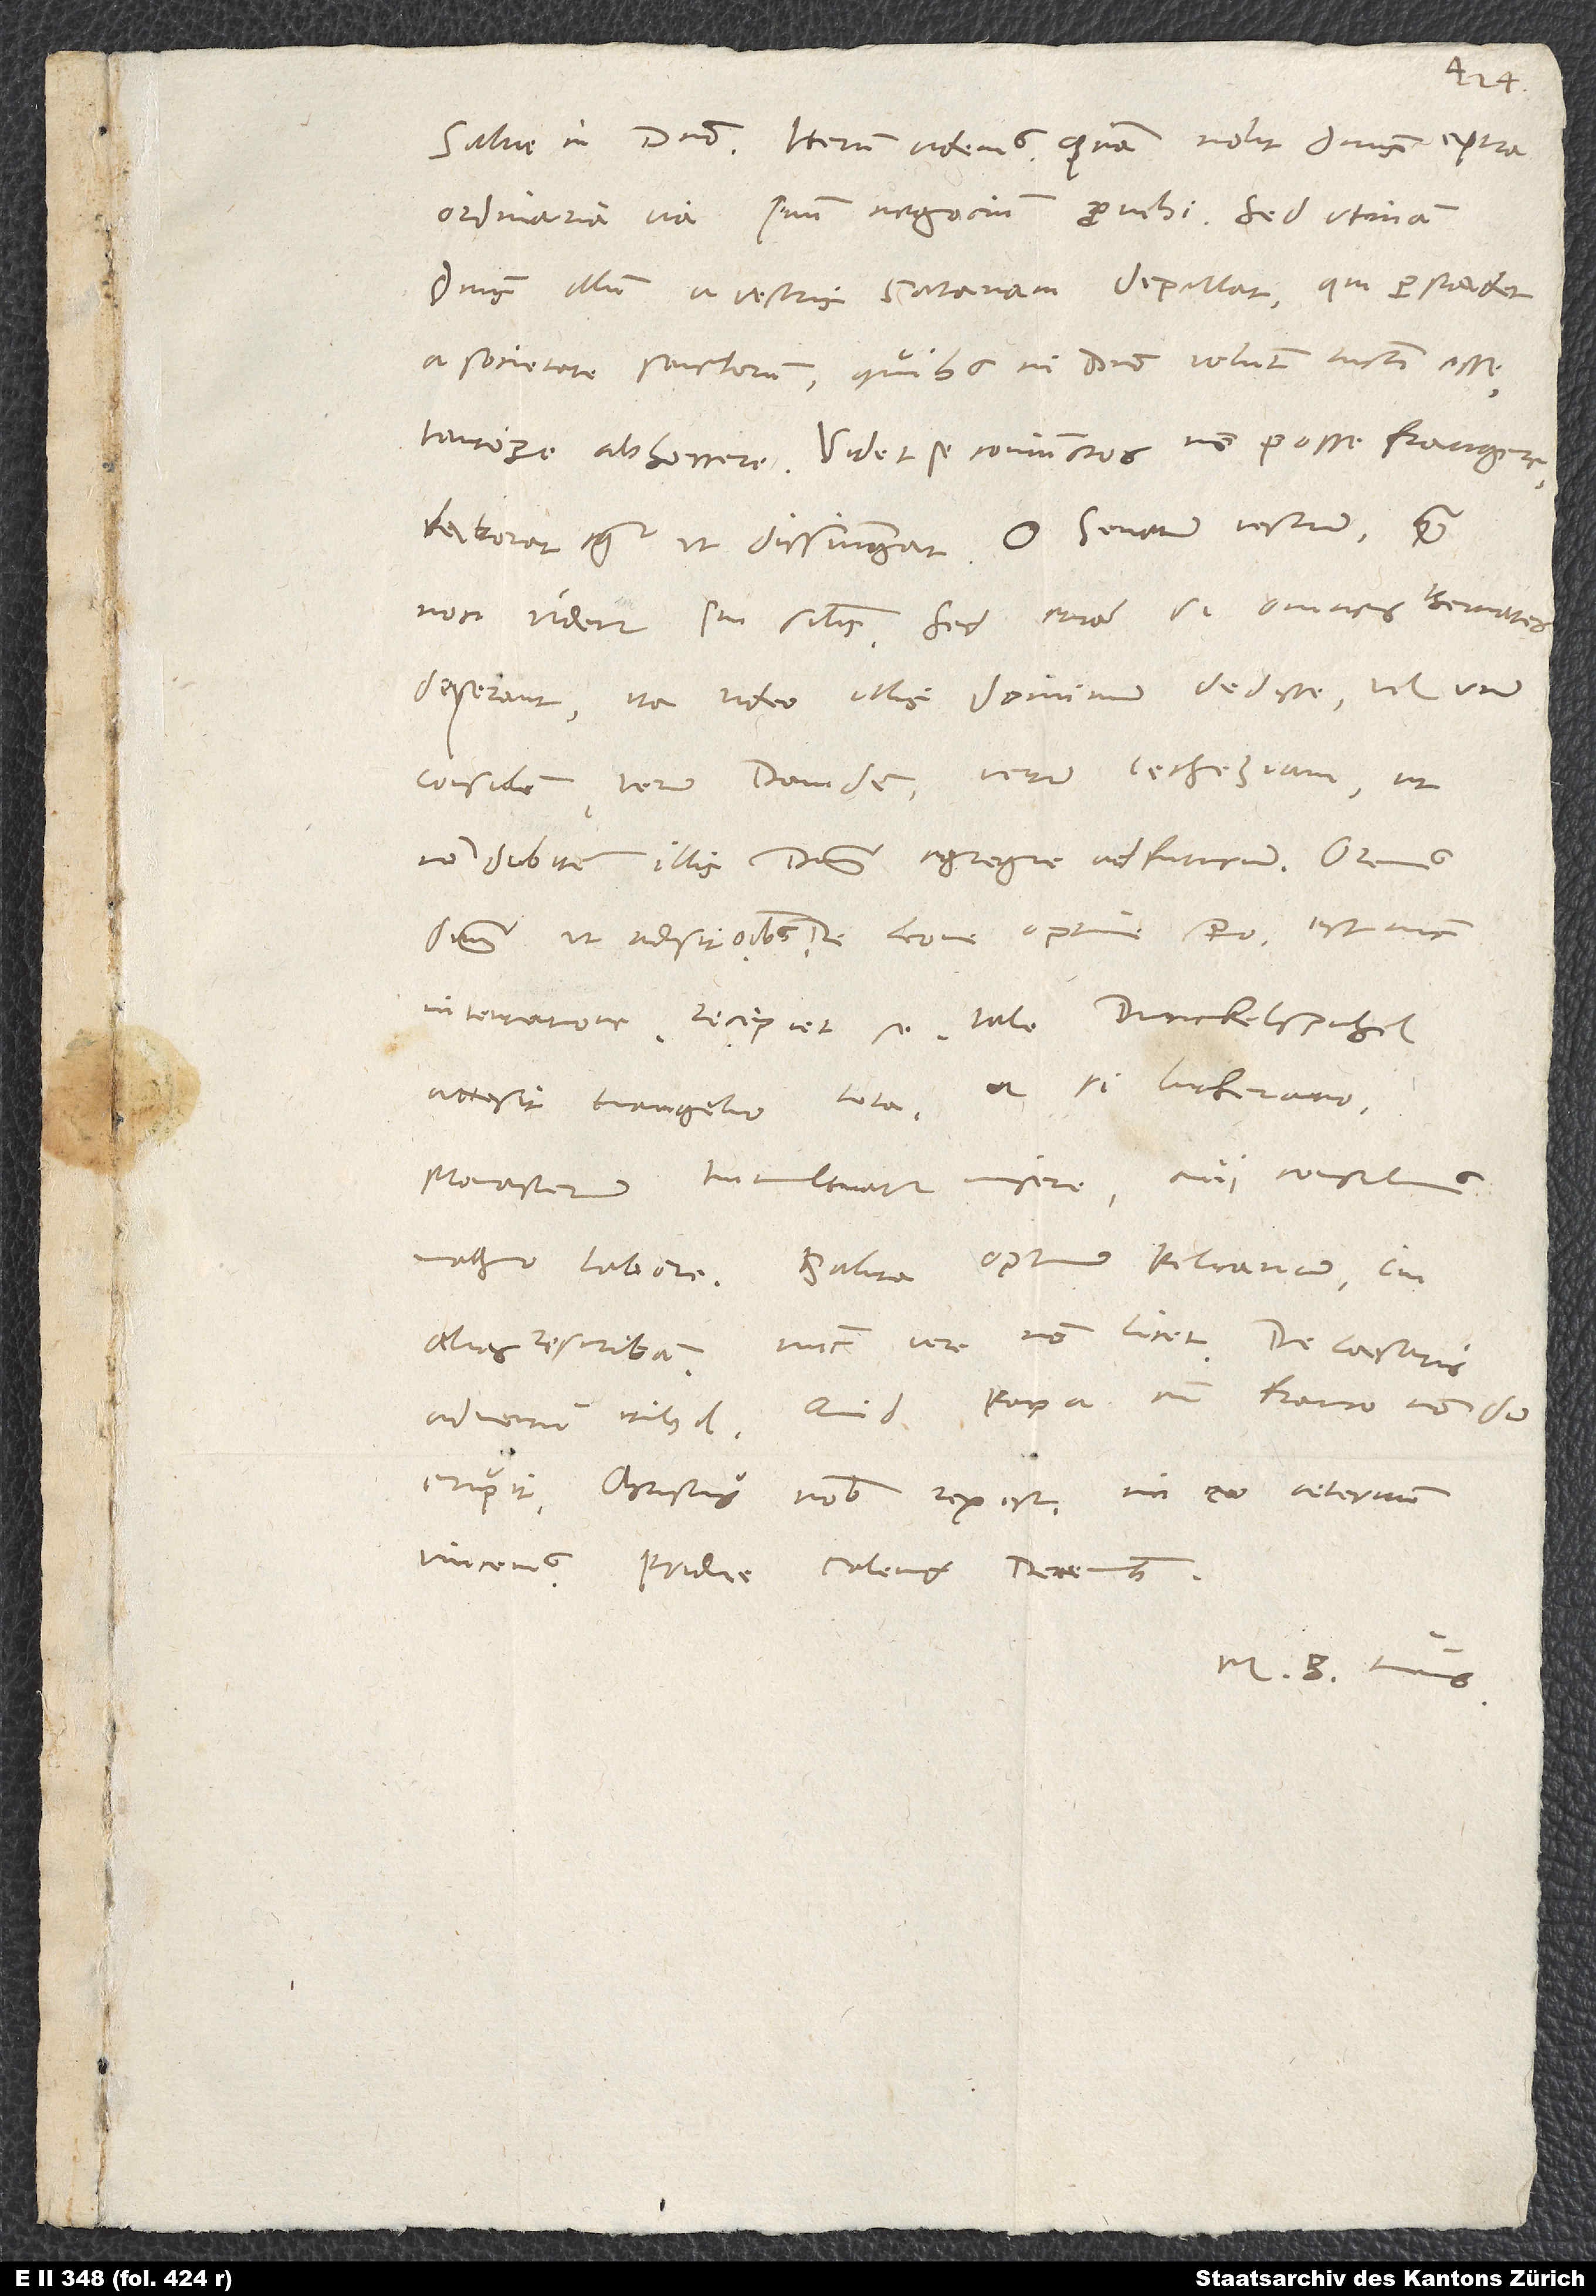
ordinaria via suum negocium provehi. Sed utinam
dominus illum a vestris satanam depellat, qui persuadet
a societate sanctorum, quibus in domino volunt iuncti esse,
tantopere abhorrere. Videt se coniunctos non posse frangere.
Laborat igitur, ut disiungat. O senatum vestrum, quam
non videtur sui similis. Sed etiam si omnes Bernates
deserant, ita video illis dominum dedisse vel unum
consulem, verum Davidem, verum Iecheziam, ut
non dubitem illis dominum egregie adfuturum. Oremus
accesit evangelio tota, etsi lutherano.
Monasterium tumultuatur misere. Cui consulimus
alias rescribam. Nunc vere non licet. De caesaris
adventu nihil. Quid papa cum Franco, nondum
erupit. Christus nobis rex est. In eo aeternum
M. B. tuus.